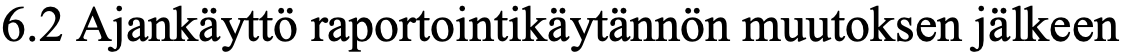
6.2 Ajankäyttö raportointikäytännön muutoksen jälkeen